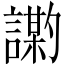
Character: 𫍍